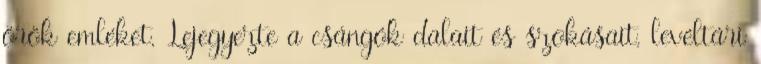
örök emléket. Lejegyezte a csángók dalait és szokásait, levéltári